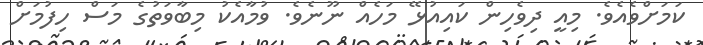
ކަމަށްވެއެވެ. މިއީ ދިވެހިން ކައިއުޅޭ މަހެއް ނޫނެވެ. ވުމާއެކު މިބާވަތުގެ މަސް ހިފުމަށް